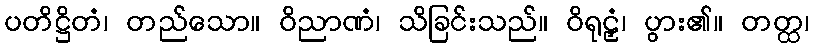
ပတိဋ္ဌိတံ၊ တည်သော။ ဝိညာဏံ၊ သိခြင်းသည်။ ဝိရုဠှံ၊ ပွား၏။ တတ္ထ၊